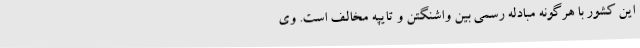
این کشور با هرگونه مبادله رسمی بین واشنگتن و تایپه مخالف است. وی